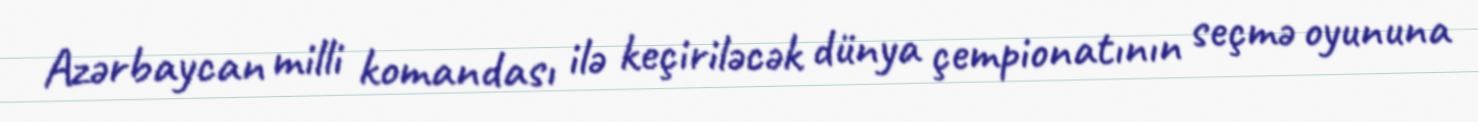
Azərbaycan milli komandası ilə keçiriləcək dünya çempionatının seçmə oyununa